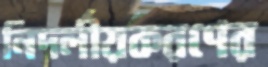
নিদর্লীয়করণের